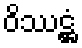
ဝိဿဋ္ဌံ